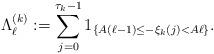
LaTeX: \begin{align*}\Lambda_\ell^{(k)}:=\sum_{j=0}^{\tau_k-1}1_{\{A(\ell-1)\leq-\xi_k(j)<A\ell\}}.\end{align*}